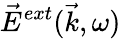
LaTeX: \vec{E}^{ext}(\vec{k},\omega)